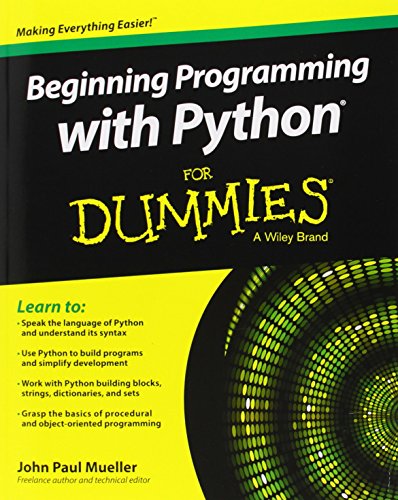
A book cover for Beginning Programming with Python For Dummies; John Paul Mueller; Computers & Technology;